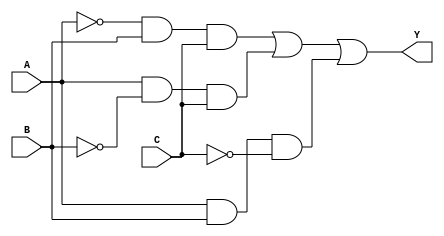
module sop_simplification (
    input wire A,   // Input A
    input wire B,   // Input B
    input wire C,   // Input C
    output wire Y   // Output Y
);

// Intermediate signals for product terms
wire p1, p2, p3, p4;

// Define the product terms (AND gates)
// Example: Let's assume the simplified SOP expression is A'BC + AB'C + ABC'
assign p1 = ~A & B & C;   // A'BC
assign p2 = A & ~B & C;   // AB'C
assign p3 = A & B & ~C;   // ABC'
assign p4 = 1'b0;         // Placeholder for unused terms

// Define the output (OR gate)
assign Y = p1 | p2 | p3 | p4; // OR the product terms

endmodule